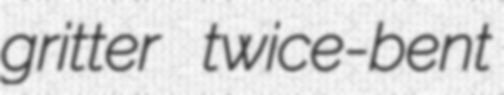
gritter twice-bent